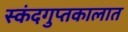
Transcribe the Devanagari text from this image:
स्कंदगुप्तकालात